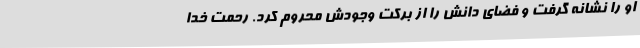
او را نشانه گرفت و فضای دانش را از برکت وجودش محروم کرد. رحمت خدا